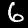
Label: 6